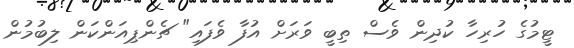
ޓީމުގެ ހުރިހާ ކުދިން ވެސް ތިބީ ވަރަށް އުފާ ވެފައި" ޗެންޕިއަންކަން ލިބުމުން